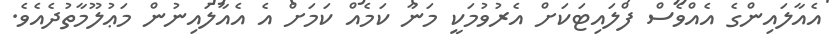
އެއާލައިންގެ އެއްވެސް ފްލައިޓަކަށް އެރުވުމަކީ މަނާ ކަމެއް ކަމަށް އެ އެއާލައިނުން މަޢުލޫމާތުދެއެވެ.